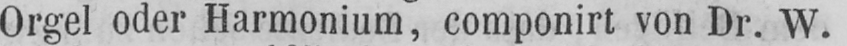
Orgel oder Harmonium, componirt von Dr. W.